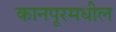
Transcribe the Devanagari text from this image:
कानपूरमधील